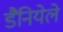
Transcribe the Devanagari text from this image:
डैनियेले